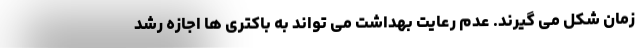
زمان شکل می گیرند. عدم رعایت بهداشت می تواند به باکتری ها اجازه رشد